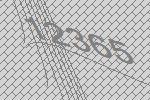
12365